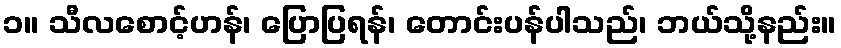
၁။ သီလစောင့်ဟန်၊ ပြောပြရန်၊ တောင်းပန်ပါသည်၊ ဘယ်သို့နည်း။